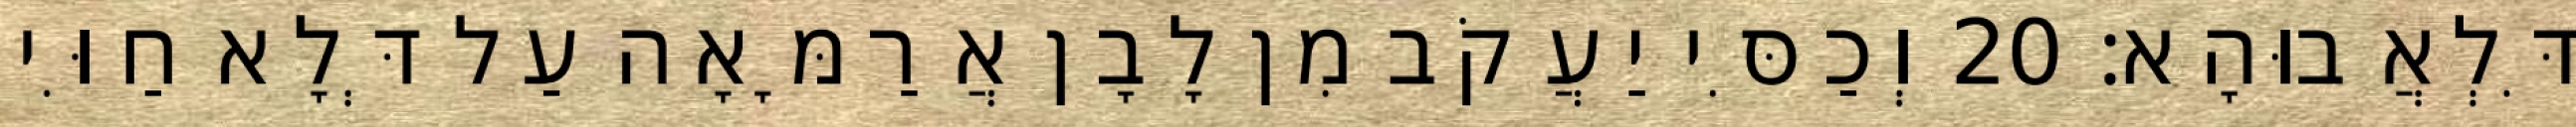
דִּלְאֲבוּהָא׃ 20 וְכַסִּי יַעֲקֹב מִן לָבָן אֲרַמָּאָה עַל דְּלָא חַוִּי